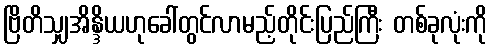
ဗြိတိသျှအိန္ဒိယဟုခေါ်တွင်လာမည့်တိုင်းပြည်ကြီး တစ်ခုလုံးကို